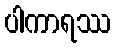
ပါကာရဿ